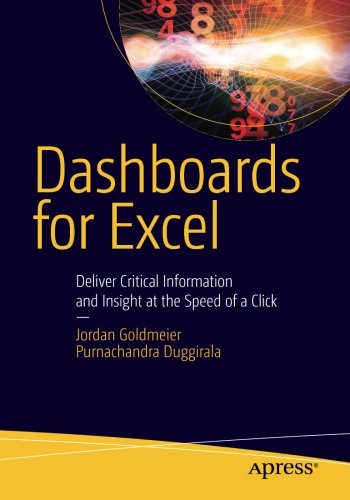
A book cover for Dashboards for Excel; Jordan Goldmeier; Computers & Technology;